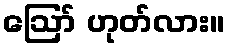
ဪ ဟုတ်လား။